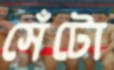
সেঁটো